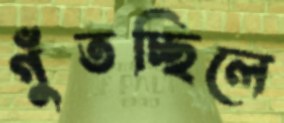
গুঁতচ্ছিলে